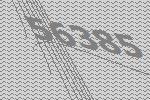
56385